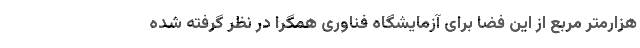
هزارمتر مربع از این فضا برای آزمایشگاه فناوری همگرا در نظر گرفته شده